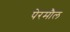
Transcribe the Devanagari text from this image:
पेरमौल